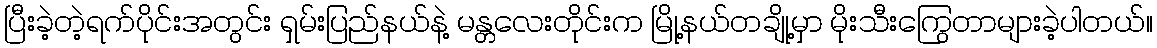
ပြီးခဲ့တဲ့ရက်ပိုင်းအတွင်း ရှမ်းပြည်နယ်နဲ့ မန္တလေးတိုင်းက မြို့နယ်တချို့မှာ မိုးသီးကြွေတာများခဲ့ပါတယ်။